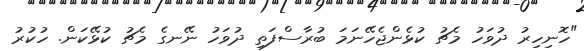
"ހޮނިހިރު ދުވަހު މެޗު ކުޅެންޖެހޭނަމަ ބުރާސްފަތި ދުވަހު ނޭނގެ މެޗު ކުޅޭކަން. ހުކުރު